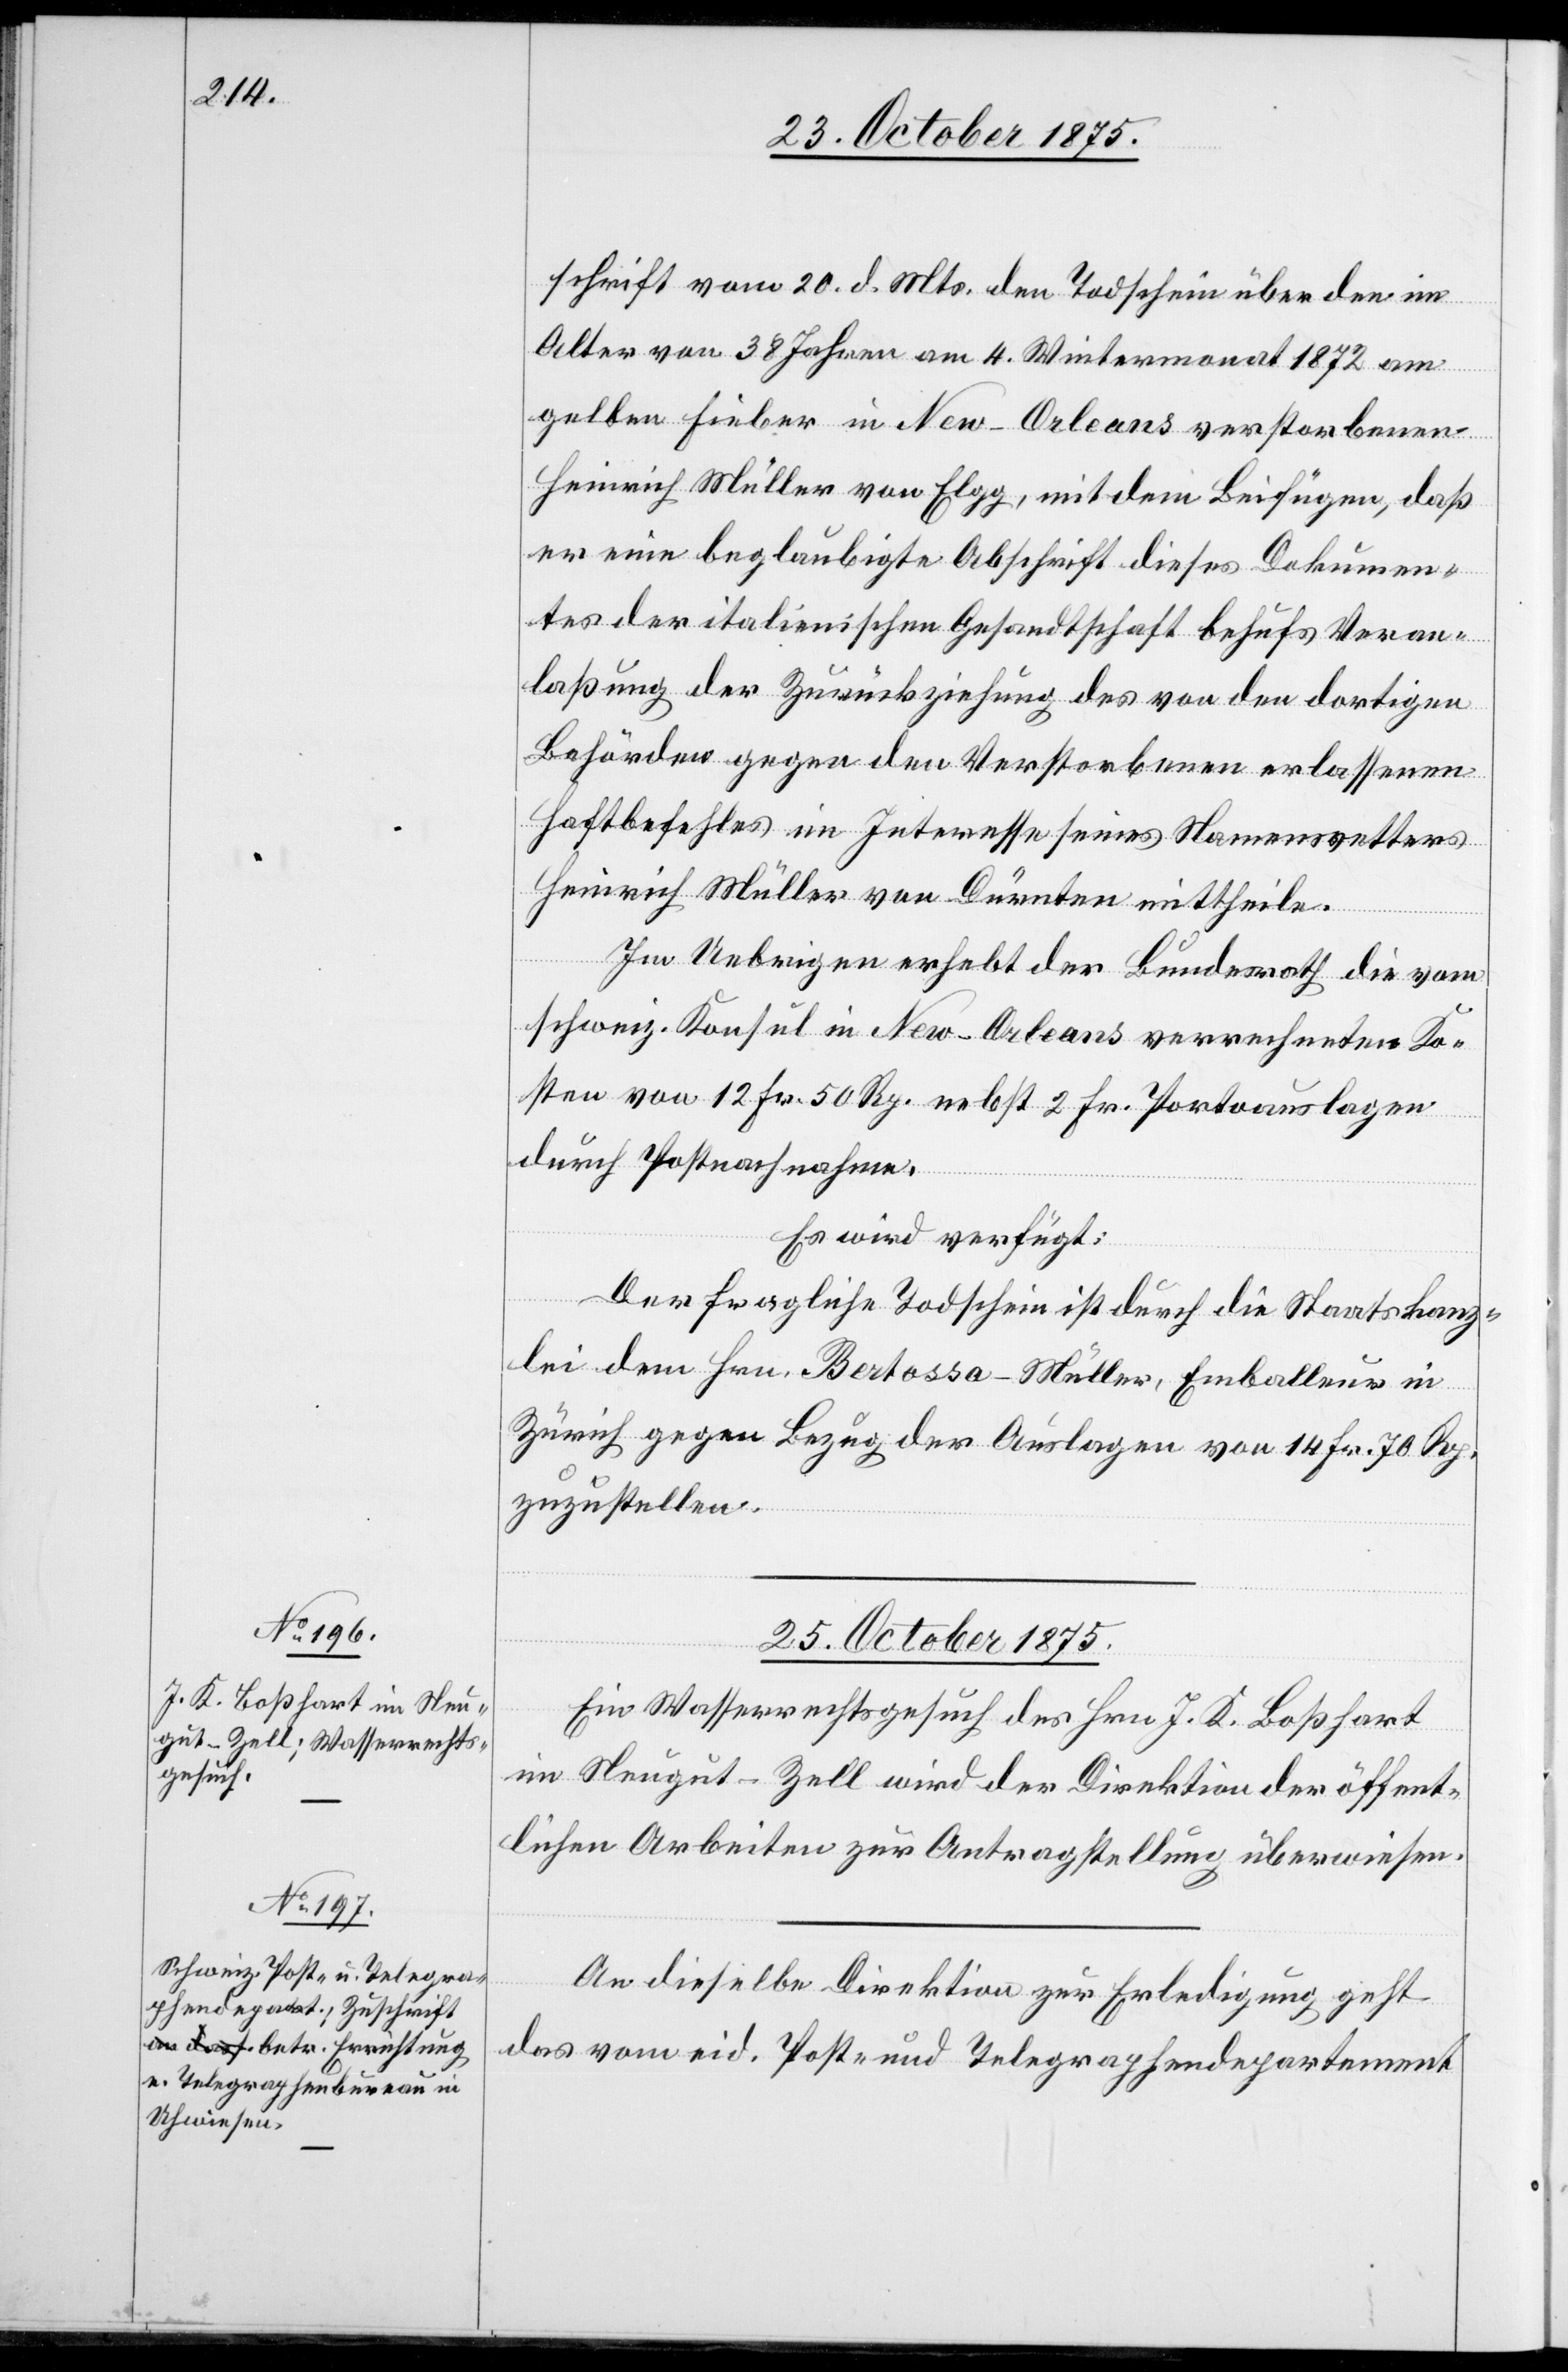
schrift vom 20. d. Mts. den Todschein über den im
Alter von 38 Jahren am 4. Wintermonat 1872 am
gelben Fieber in New-Orleans verstorbenen
Heinrich Müller von Elgg, mit dem Beifügen, daß
er eine beglaubigte Abschrift dieses Dokumen¬
tes der italienischen Gesandtschaft behufs Veran¬
laßung der Zurückziehung des von den dortigen
Behörden gegen den Verstorbenen erlassenen
Haftbefehles im Interesse seines Namensvetters
Heinrich Müller von Dürnten mittheile.
erfügungen
Im Uebrigen erhebt der Bundesrath die vom
schweiz. Konsul in New-Orleans verrechneten Ko¬
sten von 12 Fr. 50 Rp. nebst 2 Fr. Portoauslagen
durch Postnachnahme.
Es wird verfügt:
Der fragliche Todschein ist durch die Staatskanz¬
lei dem Hrn. Bertossa-Müller, Emballeur in
Zürich gegen Bezug der Auslagen von 14 Fr. 70 Rp.
zuzustellen.
25. October 1875.]
Eins Wasserrechtsgesuch des Hrn. J. K. Boßhart
im Neugut - Zell wird der Direktion der öffent¬
lichen Arbeiten zur Antragstellung überwiesen.
An dieselbe Direktion zur Erledigung geht
das vom eid. Post- und Telegraphendepartement